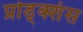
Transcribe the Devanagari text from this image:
प्रोड्क्शंस